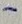
Text: -